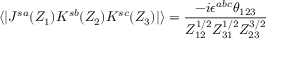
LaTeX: \langle | J ^ { s a } ( Z _ { 1 } ) K ^ { s b } ( Z _ { 2 } ) K ^ { s c } ( Z _ { 3 } ) | \rangle = \frac { - i \epsilon ^ { a b c } \theta _ { 1 2 3 } } { Z _ { 1 2 } ^ { 1 / 2 } Z _ { 3 1 } ^ { 1 / 2 } Z _ { 2 3 } ^ { 3 / 2 } }